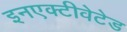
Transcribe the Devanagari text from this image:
इनएक्टीवेटेड